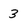
Character: 3